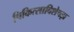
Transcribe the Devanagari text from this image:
चिकित्साविशेषज्ञ